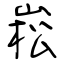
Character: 崧